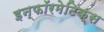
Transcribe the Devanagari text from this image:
इन्‍फॉरमेटिक्‍स